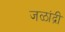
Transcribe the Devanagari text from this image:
जळांद्री